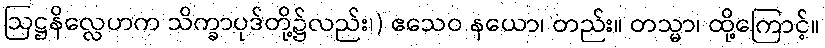
ဩဋ္ဌနိလ္လေဟက သိက္ခာပုဒ်တို့၌လည်း၊) ဧသေဝ နယော၊ တည်း။ တသ္မာ၊ ထို့ကြောင့်။